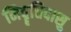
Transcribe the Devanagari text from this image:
निवॄत्तिदासु